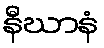
နီဃာနံ